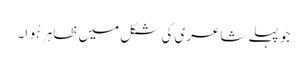
جو پہلے شاعری کی شکل میں ظاہر ہُوا۔